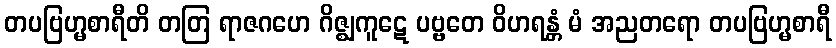
တပဗြဟ္မစာရီတိ တတြ ရာဇဂဟေ ဂိဇ္ဈကူဋေ ပဗ္ဗတေ ဝိဟရန္တံ မံ အညတရော တပဗြဟ္မစာရီ